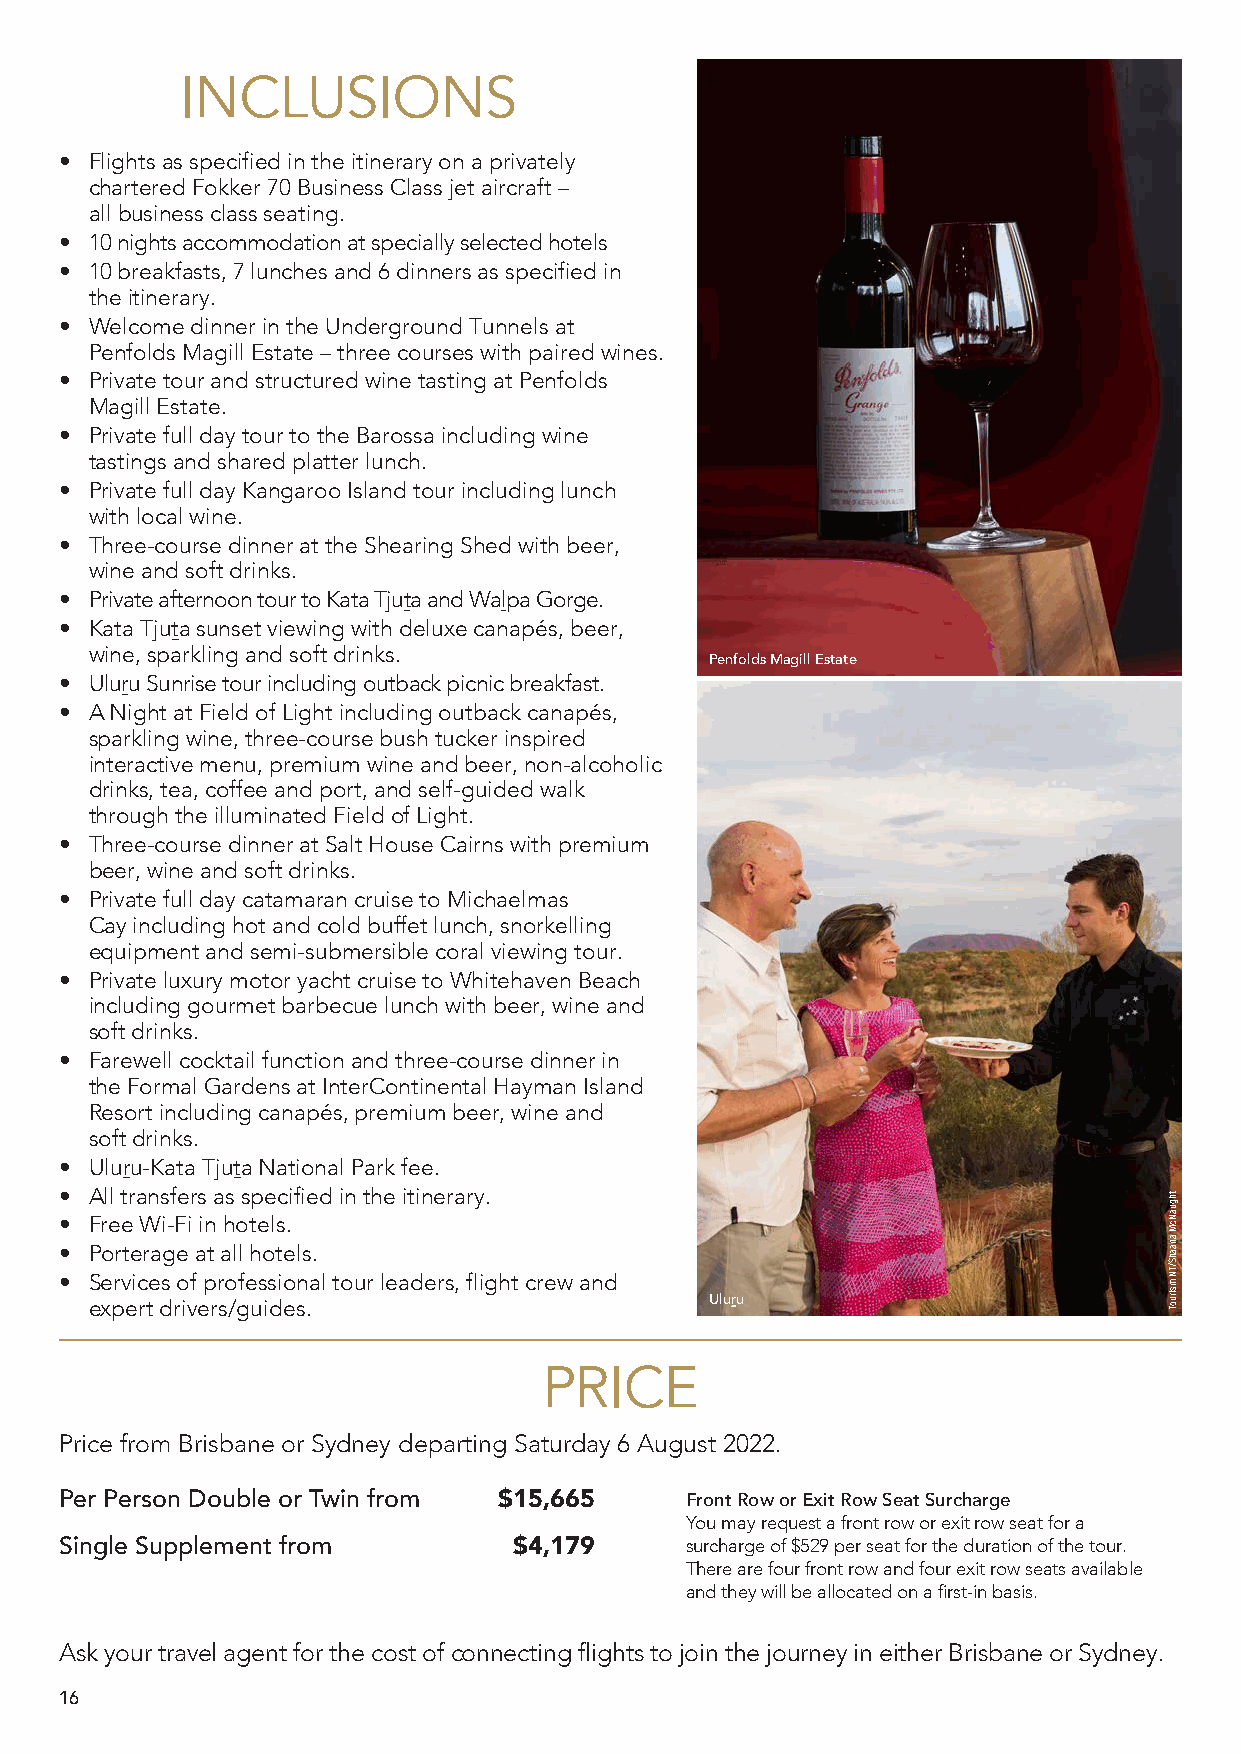
INCLUSIONS
 • Flights as specified in the itinerary on a privately
 chartered Fokker 70 Business Class jet aircraft –
 all business class seating.
 • 10 nights accommodation at specially selected hotels
 • 10 breakfasts, 7 lunches and 6 dinners as specified in
 the itinerary.
 • Welcome dinner in the Underground Tunnels at
 Penfolds Magill Estate – three courses with paired wines.
 • Private tour and structured wine tasting at Penfolds
 Magill Estate.
 • Private full day tour to the Barossa including wine
 tastings and shared platter lunch.
 • Private full day Kangaroo Island tour including lunch
 with local wine.
 • Three-course dinner at the Shearing Shed with beer,
 wine and soft drinks.
 • Private afternoon tour to Kata Tjuta and Walpa Gorge.
 • Kata Tjuta sunset viewing with deluxe canapés, beer,
 wine, sparkling and soft drinks.
 Penfolds Magill Estate
 • Uluru Sunrise tour including outback picnic breakfast.
 • A Night at Field of Light including outback canapés,
 sparkling wine, three-course bush tucker inspired
 interactive menu, premium wine and beer, non-alcoholic
 drinks, tea, coffee and port, and self-guided walk
 through the illuminated Field of Light.
 • Three-course dinner at Salt House Cairns with premium
 beer, wine and soft drinks.
 • Private full day catamaran cruise to Michaelmas
 Cay including hot and cold buffet lunch, snorkelling
 equipment and semi-submersible coral viewing tour.
 • Private luxury motor yacht cruise to Whitehaven Beach
 including gourmet barbecue lunch with beer, wine and
 soft drinks.
 • Farewell cocktail function and three-course dinner in
 the Formal Gardens at InterContinental Hayman Island
 Resort including canapés, premium beer, wine and
 soft drinks.
 • Uluru-Kata Tjuta National Park fee.
 • All transfers as specified in the itinerary.
 • Free Wi-Fi in hotels.
 • Porterage at all hotels.
 • Services of professional tour leaders, flight crew and
 expert drivers/guides.                   Uluṟu
 PRICE
 Price from Brisbane or Sydney departing Saturday 6 August 2022.
 Per Person Double or Twin from $15,665   Front Row or Exit Row Seat Surcharge
 You may request a front row or exit row seat for a
 Single Supplement from        $4,179     surcharge of $529 per seat for the duration of the tour.
 There are four front row and four exit row seats available
 and they will be allocated on a first-in basis.
 Ask your travel agent for the cost of connecting flights to join the journey in either Brisbane or Sydney.
 16
 thguaNcM
 anaahS/TN
 msiruoT